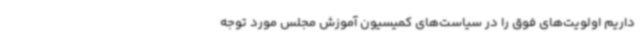
داریم اولویت‌های فوق را در سیاست‌های کمیسیون آموزش مجلس مورد توجه